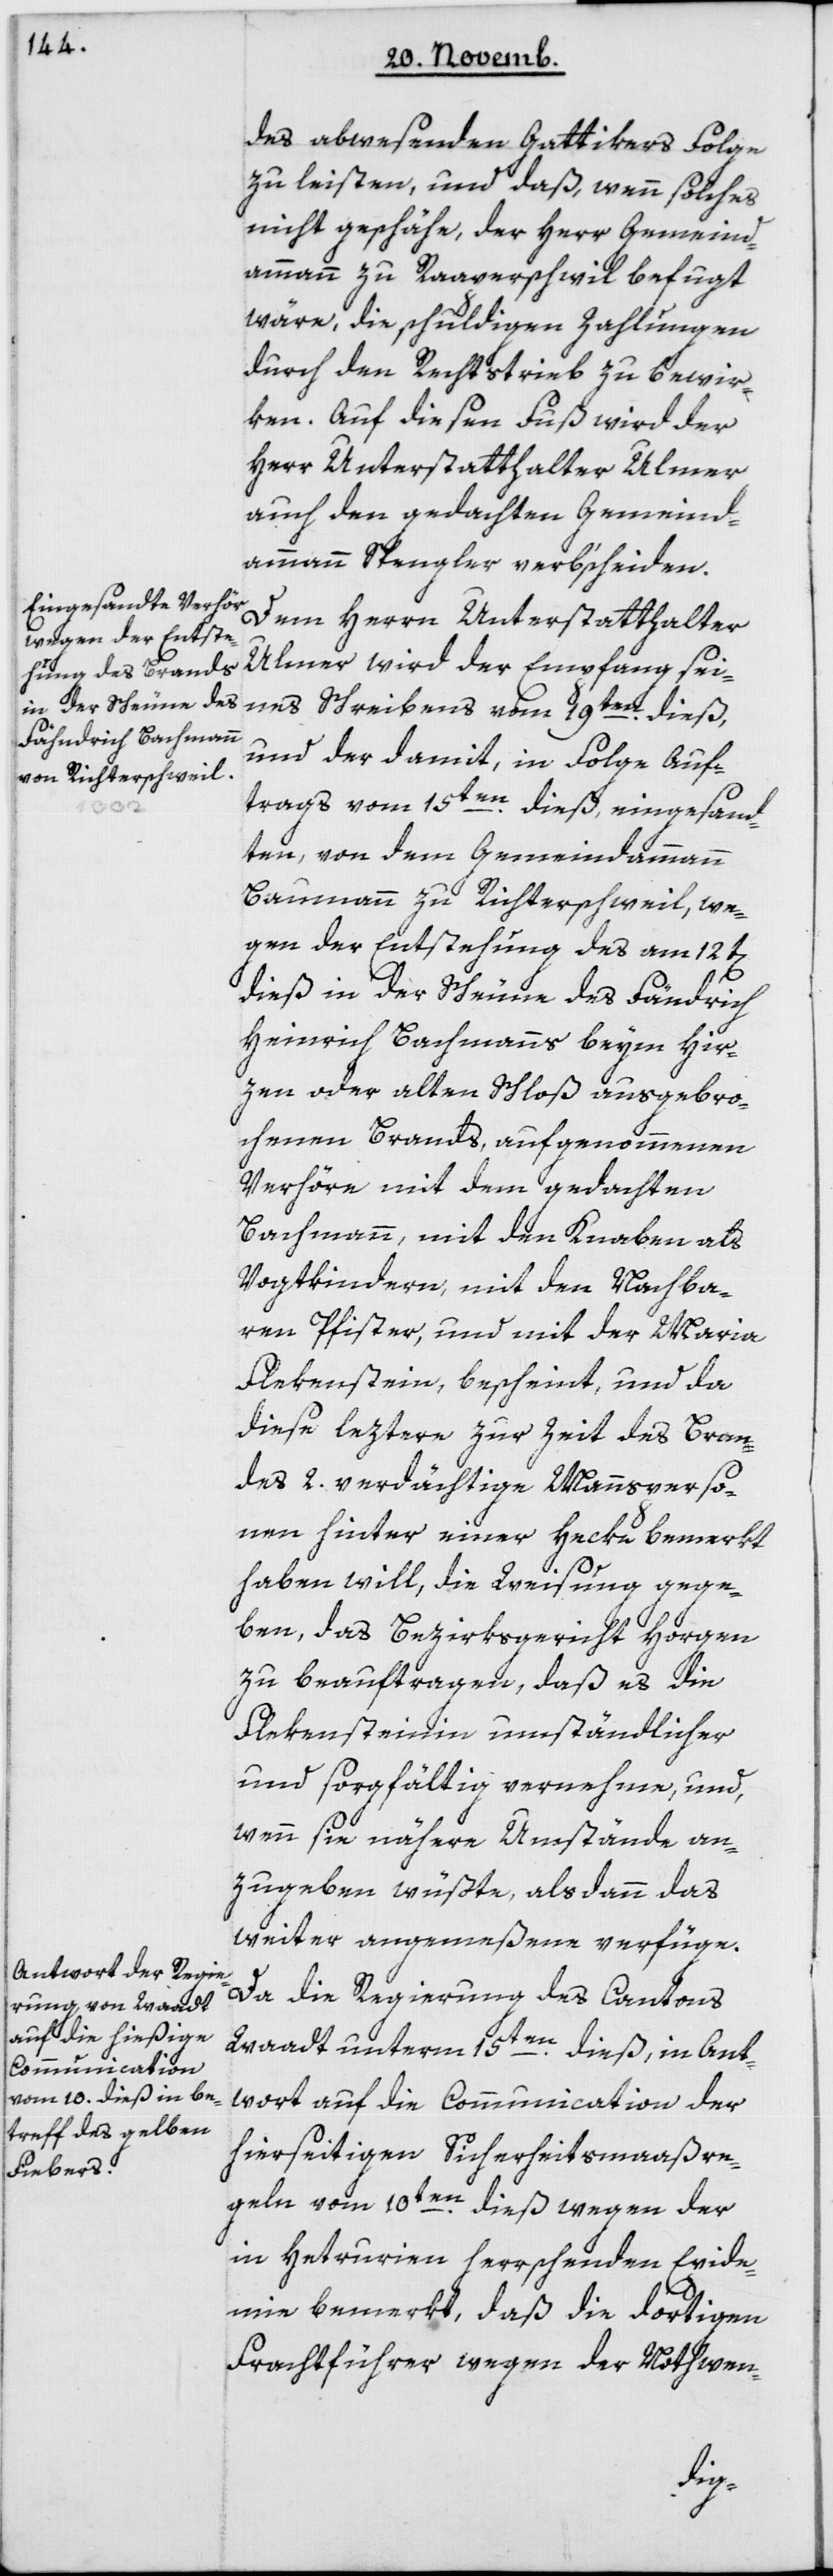
des abwesenden Gattikers Folge
zu leisten, und daß wenn solches
nicht geschähe, der Herr Gemeind¬
ammann zu Rapperschweil befugt
wäre, die schuldigen Zahlungen
durch den Rechtstrieb zu bewir¬
ken. Auf diesen Fuß wird der
Herr Unterstatthalter Ulmer
auch den gedachten Gemeind¬
ammann Spengler verb’scheiden.
Dem Herrn Unterstatthalter
Ulmer wird der Empfang sei¬
nes Schreibens vom 19ten dieß,
und der damit, in Folge Auf¬
trags vom 15ten dieß eingesand¬
ten, von dem Gemeindammann
Baumann zu Richterschweil, we¬
gen der Entstehung des am 12t[en]
dieß in der Scheune des Fändrich
Heinrich Bachmanns beym Hir¬
zen oder alten Schloß ausgebro¬
chenen Brands, aufgenommenen
Verhöre mit dem gedachten
Bachmann, mit den Knaben als
Vogtkindern, mit den Nachba¬
ren Pfister, und mit der Maria
Flekenstein, bescheint, und da
diese leztere zur Zeit des Bran¬
des zwey verdächtige Mannsperso¬
nen hinter einer Hecke bemerkt
haben will, die Weisung gege¬
ben, das Bezirksgericht Horgen
zu beauftragen, daß es die
Flekensteinin umständlicher
und sorgfältig vernehme, und
wenn sie nähere Umstände an¬
zugeben wüßte, alsdann das
weiter angemeßene verfüge.
Da die Regierung des Cantons
Waadt unterm 15ten dieß, in Ant¬
wort auf die Communication der
hierseitigen Sicherheitsmaaßre¬
geln vom 10ten dieß, wegen der
in Hetrurien herrschenden Epide¬
mie bemerkt, daß die dortigen
Frachtführer wegen der Nothwen-